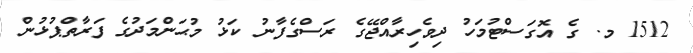
1512 މ. ގެ އޮގަސްޓުމަހު ދިވެހިރާއްޖޭގެ ރަސްގެފާނު ކަޅު މުޙަންމަދުގެ ފަރާތްޕުޅުން